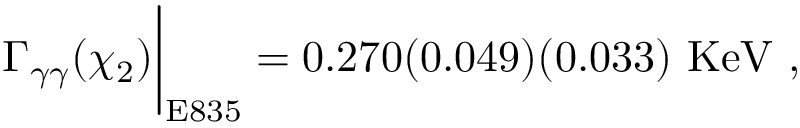
\Gamma _ { \gamma \gamma } ( \chi _ { 2 } ) \bigg | _ { \mathrm { E 8 3 5 } } = 0 . 2 7 0 ( 0 . 0 4 9 ) ( 0 . 0 3 3 ) \ \mathrm { K e V } \ ,